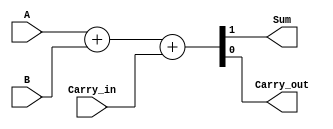
module fulladder(

    output reg Sum,
    output reg Carry_out,
    input A,
    input B,
    input Carry_in
    );
    
    always @*
    begin
        {Sum, Carry_out} = A + B + Carry_in;
    end
    
endmodule